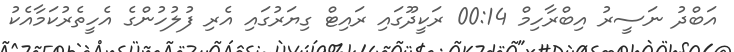
އަބްދު ނަސީރު އިބްރާހިމް 00:14 ރަކީދޫގައި ރައިޓް ގިޔަރުގައި އެރި ފުލުހުންގެ އެހީތެރުކަމާއެކު